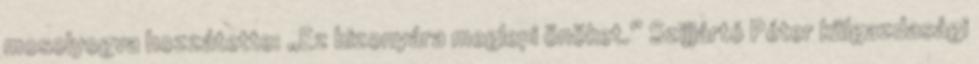
mosolyogva hozzátette: „Ez bizonyára meglepi önöket.” Szijjártó Péter külgazdasági